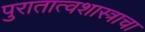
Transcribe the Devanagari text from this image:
पुरातात्वशास्त्राचा